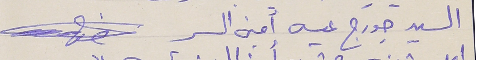
السيد جورج عيسى أمين السر